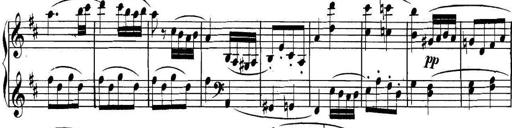
Title: Collected Piano Sonatas
Composer: Muzio Clementi